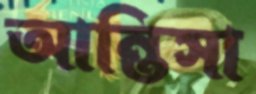
আন্তিসা